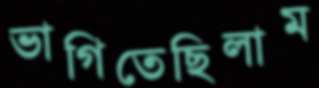
ভাগিতেছিলাম